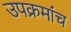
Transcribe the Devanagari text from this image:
उपक्रमांच